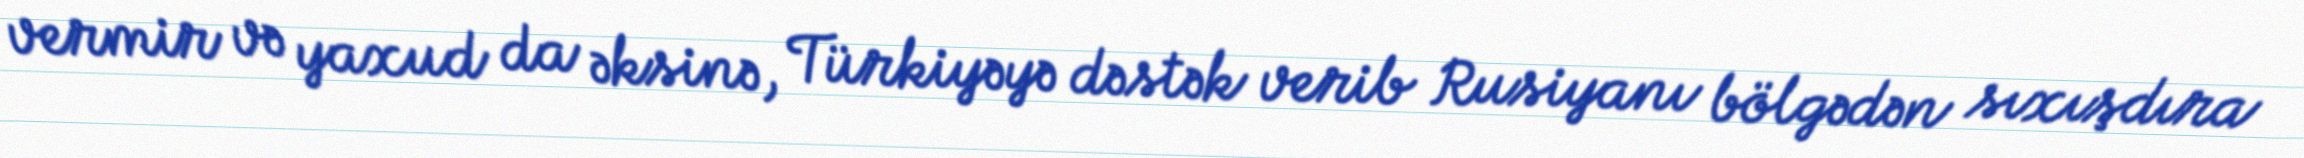
vermir və yaxud da əksinə, Türkiyəyə dəstək verib Rusiyanı bölgədən sıxışdıra